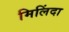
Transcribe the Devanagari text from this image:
मिलिंदा